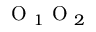
\mathrm { ~ O ~ } _ { 1 } \mathrm { ~ O ~ } _ { 2 }